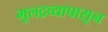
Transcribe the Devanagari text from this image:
मूलद्रव्यापासून